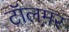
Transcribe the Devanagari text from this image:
टॉलमर